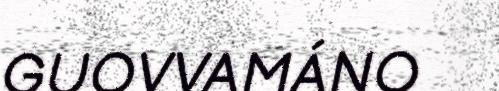
GUOVVAMÁNO